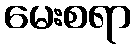
မေးစရာ